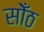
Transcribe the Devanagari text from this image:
सोँठ